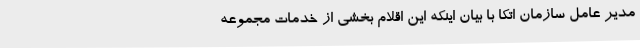
مدیر عامل سازمان اتکا با بیان اینکه این اقلام بخشی از خدمات مجموعه